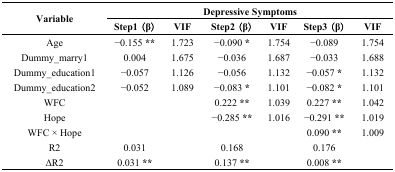
| <ROWSPAN=2> Variable | <COLSPAN=6> Depressive Symptoms |
 | Step1 (β) | VIF | Step2 (β) | VIF | Step3 (β) | VIF |
 | --- | --- | --- | --- | --- | --- | --- |
 | Age | −0.155 ** | 1.723 | −0.090 * | 1.754 | −0.089 | 1.754 |
 | Dummy_marry1 | 0.004 | 1.675 | −0.036 | 1.687 | −0.033 | 1.688 |
 | Dummy_education1 | −0.057 | 1.126 | −0.056 | 1.132 | −0.057 * | 1.132 |
 | Dummy_education2 | −0.052 | 1.089 | −0.083 * | 1.101 | −0.082 * | 1.101 |
 | WFC |  |  | 0.222 ** | 1.039 | 0.227 ** | 1.042 |
 | Hope |  |  | −0.285 ** | 1.016 | −0.291 ** | 1.019 |
 | WFC × Hope |  |  |  |  | 0.090 ** | 1.009 |
 | R2 | 0.031 |  | 0.168 |  | 0.176 |  |
 | ΔR2 | 0.031 ** |  | 0.137 ** |  | 0.008 ** |  |